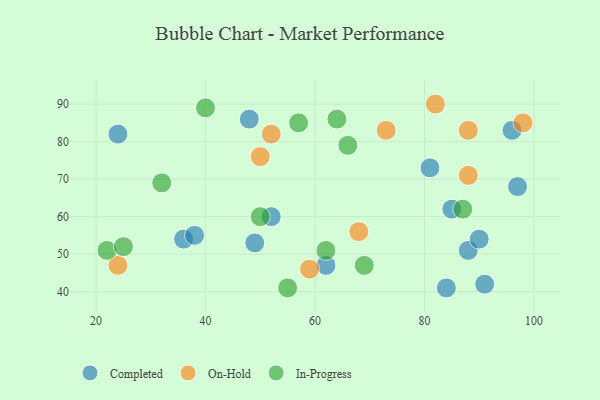
{"axis": {"x": "GDP", "y": "Life Expectancy"}, "legend": ["Completed", "In-Progress", "On-Hold"], "data": [{"x": "85", "y": 62, "type": "Completed"}, {"x": "91", "y": 42, "type": "Completed"}, {"x": "84", "y": 41, "type": "Completed"}, {"x": "81", "y": 73, "type": "Completed"}, {"x": "88", "y": 51, "type": "Completed"}, {"x": "49", "y": 53, "type": "Completed"}, {"x": "97", "y": 68, "type": "Completed"}, {"x": "48", "y": 86, "type": "Completed"}, {"x": "36", "y": 54, "type": "Completed"}, {"x": "62", "y": 47, "type": "Completed"}, {"x": "90", "y": 54, "type": "Completed"}, {"x": "38", "y": 55, "type": "Completed"}, {"x": "52", "y": 60, "type": "Completed"}, {"x": "96", "y": 83, "type": "Completed"}, {"x": "24", "y": 82, "type": "Completed"}, {"x": "82", "y": 90, "type": "On-Hold"}, {"x": "59", "y": 46, "type": "On-Hold"}, {"x": "88", "y": 83, "type": "On-Hold"}, {"x": "24", "y": 47, "type": "On-Hold"}, {"x": "52", "y": 82, "type": "On-Hold"}, {"x": "88", "y": 71, "type": "On-Hold"}, {"x": "73", "y": 83, "type": "On-Hold"}, {"x": "98", "y": 85, "type": "On-Hold"}, {"x": "50", "y": 76, "type": "On-Hold"}, {"x": "68", "y": 56, "type": "On-Hold"}, {"x": "22", "y": 51, "type": "In-Progress"}, {"x": "50", "y": 60, "type": "In-Progress"}, {"x": "32", "y": 69, "type": "In-Progress"}, {"x": "57", "y": 85, "type": "In-Progress"}, {"x": "69", "y": 47, "type": "In-Progress"}, {"x": "25", "y": 52, "type": "In-Progress"}, {"x": "87", "y": 62, "type": "In-Progress"}, {"x": "64", "y": 86, "type": "In-Progress"}, {"x": "55", "y": 41, "type": "In-Progress"}, {"x": "40", "y": 89, "type": "In-Progress"}, {"x": "62", "y": 51, "type": "In-Progress"}, {"x": "66", "y": 79, "type": "In-Progress"}]}